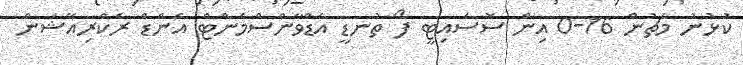
ކުޅުނު މެޗުން 16-0 އިން ސޮސައިޓީ ފޯ ތުނޑީ އެޑްވާންސްމެންޓް އެންޑް ރެކްރިއޭޝަން